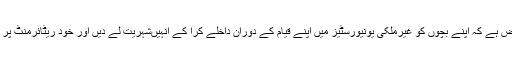
انہیں ایک ہی بات سے غرض ہے کہ اپنے بچوں کو غیرملکی یونیورسٹیز میں اپنے قیام کے دوران داخلے کرا کے انہیںشہریت لے دیں اور خود ریٹائرمنٹ پر وہیں جا کر مستقل آباد ہوں۔